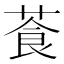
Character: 䓹